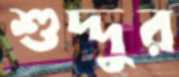
শুদ্দুর